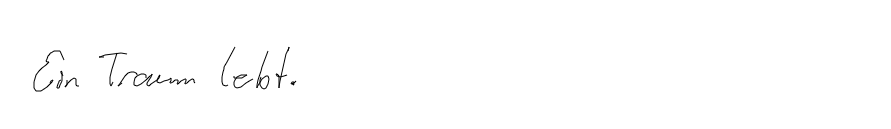
Ein Traum lebt.